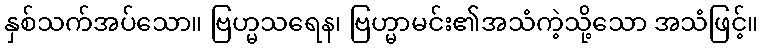
နှစ်သက်အပ်သော။ ဗြဟ္မသရေန၊ ဗြဟ္မာမင်း၏အသံကဲ့သို့သော အသံဖြင့်။